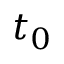
t _ { 0 }